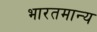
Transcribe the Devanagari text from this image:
भारतमान्य